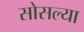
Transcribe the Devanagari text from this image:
सोसल्या